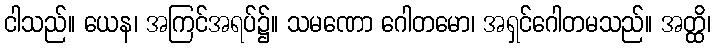
ငါသည်။ ယေန၊ အကြင်အရပ်၌။ သမဏော ဂေါတမော၊ အရှင်ဂေါတမသည်။ အတ္ထိ၊